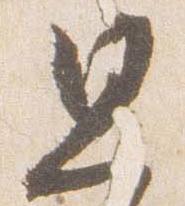
思